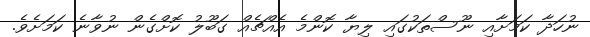
ނުހަދާ ކަމަށާއި ނޫސްތަކުގައި ލިޔާ ކޮންމެ އެއްޗެއް ގަބޫލު ކޮށްގެން ނުވާނެ ކަމަށެވެ.